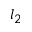
l _ { 2 }